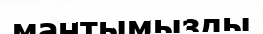
мантымызды